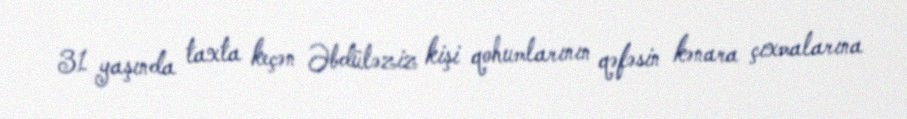
31 yaşında taxta keçən Əbdüləziz kişi qohumlarının qəfəsin kənara çıxmalarına